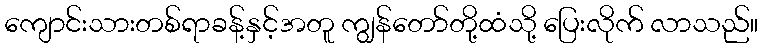
ကျောင်းသားတစ်ရာခန့်နှင့်အတူ ကျွန်တော်တို့ထံသို့ ပြေးလိုက် လာသည်။